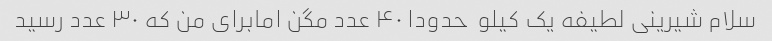
سلام شیرینی لطیفه یک کیلو ‌ حدودا ۴۰ عدد مگن امابرای من که ۳۰ عدد رسید